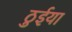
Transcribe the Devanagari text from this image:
ठुईया